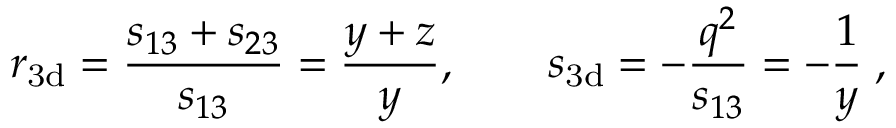
r _ { \mathrm { 3 d } } = \frac { s _ { 1 3 } + s _ { 2 3 } } { s _ { 1 3 } } = \frac { y + z } { y } , \qquad s _ { \mathrm { 3 d } } = - \frac { q ^ { 2 } } { s _ { 1 3 } } = - \frac { 1 } { y } \; ,